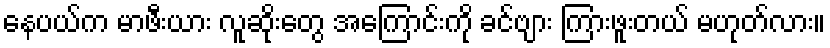
နေပယ်က မာဖီးယား လူဆိုးတွေ အကြောင်းကို ခင်ဗျား ကြားဖူးတယ် မဟုတ်လား။